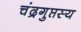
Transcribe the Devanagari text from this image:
चंद्रगुप्तस्य